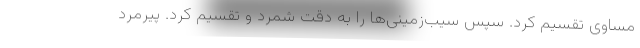
مساوی تقسیم کرد. سپس سیب‌زمینی‌ها را به دقت شمرد و تقسیم کرد. پیرمرد